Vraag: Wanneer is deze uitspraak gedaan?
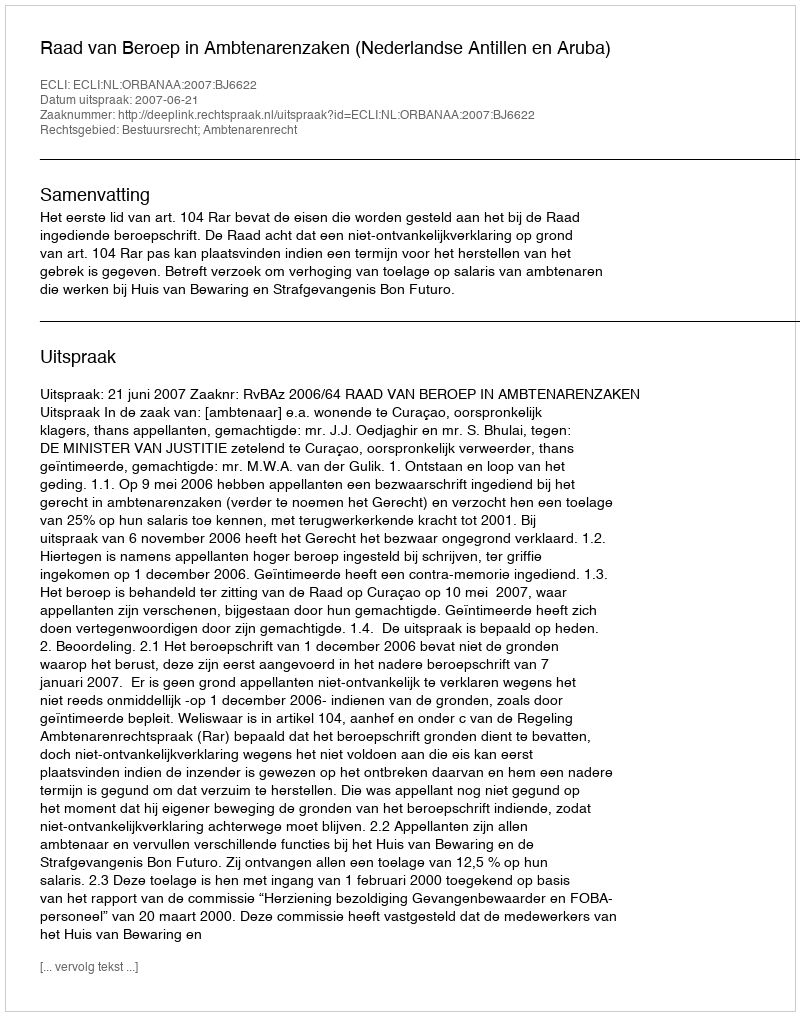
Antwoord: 2007-06-21